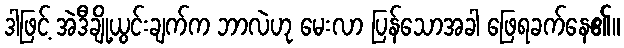
ဒါဖြင့် အဲဒီချို့ယွင်းချက်က ဘာလဲဟု မေးလာ ပြန်သောအခါ ဖြေရခက်နေ၏။